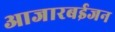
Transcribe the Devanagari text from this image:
आजारबईजन